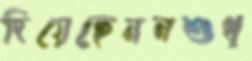
দিয়েছেননশুধ্‌